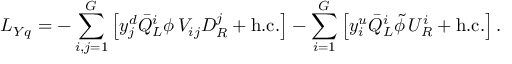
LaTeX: { \cal L } _ { Y q } = - \sum _ { i , j = 1 } ^ { G } \left[ y _ { j } ^ { d } \bar { Q } _ { L } ^ { i } \phi \, V _ { i j } D _ { R } ^ { j } + \mathrm { h . c . } \right] - \sum _ { i = 1 } ^ { G } \left[ y _ { i } ^ { u } \bar { Q } _ { L } ^ { i } \tilde { \phi } \, U _ { R } ^ { i } + \mathrm { h . c . } \right] .